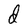
Character: d